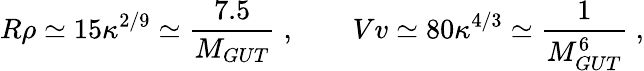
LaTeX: R\rho\simeq 15\kappa^{2/9}\simeq\frac{7.5}{M_{GUT}}\; ,\qquad Vv\simeq 80\kappa^{4/3}\simeq\frac{1}{M_{GUT}^{6}}\; ,